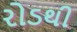
રોડથી